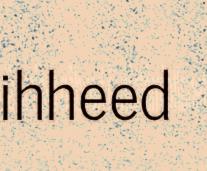
ihheed